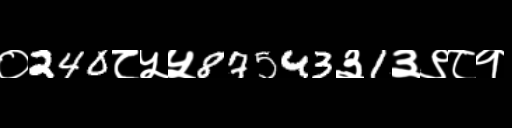
Text: ०240८५५87543३1३९८१